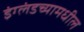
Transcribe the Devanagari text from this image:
इंग्लंडच्यामधील